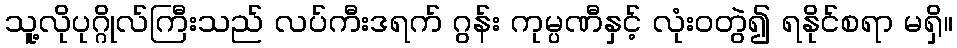
သူ့လိုပုဂ္ဂိုလ်ကြီးသည် လပ်ကီးဒရက် ဂွန်း ကုမ္ပဏီနှင့် လုံးဝတွဲ၍ ရနိုင်စရာ မရှိ။